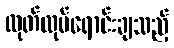
ထုတ်လုပ်ရောင်းချသည့်